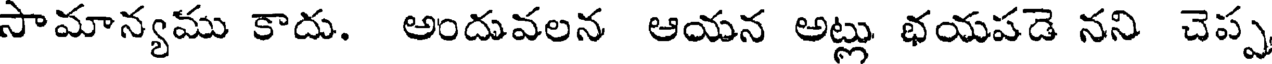
సామాన్యము కాదు. అందువలన ఆయన అట్లు భయపడె నని చెప్ప